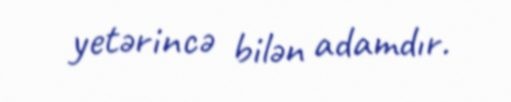
yetərincə bilən adamdır.